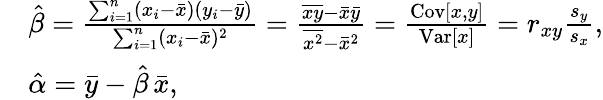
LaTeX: {\begin{array}{rl}&{{\hat{\beta}}={\frac{\sum_{i=1}^{n}(x_{i}-{\bar{x}})(y_{i}-{\bar{y}})}{\sum_{i=1}^{n}(x_{i}-{\bar{x}})^{2}}}={\frac{{\overline{{xy}}}-{\bar{x}}{\bar{y}}}{{\overline{{x^{2}}}}-{\bar{x}}^{2}}}={\frac{\operatorname{Cov}[x,y]}{\operatorname{Var}[x]}}=r_{xy}{\frac{s_{y}}{s_{x}}},}\\ &{{\hat{\alpha}}={\bar{y}}-{\hat{\beta}}\, {\bar{x}},}\end{array}}